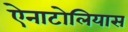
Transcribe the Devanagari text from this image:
ऐनाटोलियास